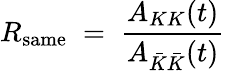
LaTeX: R_{\mathrm{same}}\; =\; \frac{A_{KK}(t)}{A_{\bar{K}\bar{K}}(t)}